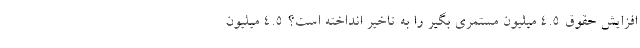
افزایش حقوق ۴.۵ میلیون مستمری بگیر را به تاخیر انداخته است؟ ۴.۵ میلیون